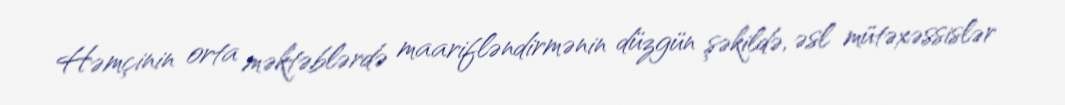
Həmçinin orta məktəblərdə maarifləndirmənin düzgün şəkildə, əsl mütəxəssislər